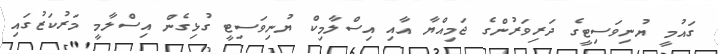
ގައުމީ ޔުނިވަސިޓީގެ ދަރިވަރުންގެ ޖަމިއްޔާ އާއި އިސްލާމިކް ޔުނިވަސިޓީ ގުޅިގެން އިސްލާމީ މަރުކަޒުގައި